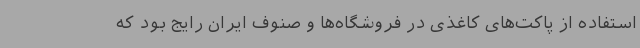
استفاده از پاکت‌های کاغذی در فروشگاه‌ها و صنوف ایران رایج بود که